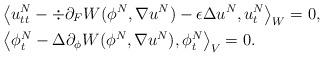
LaTeX: \begin{align*}& \big\langle u^N_{tt} - \div \partial_F W(\phi^N,\nabla u^N) - \epsilon \Delta u^N, u^N_t\big\rangle_W=0, \\& \big \langle \phi_t^N - \Delta \partial_\phi W(\phi^N,\nabla u^N), \phi^N_t\big\rangle_V=0.\end{align*}